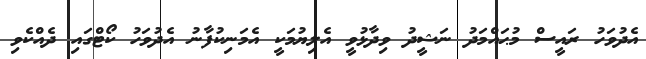
އެދުވަހު ރައީސް މުޙައްމަދު ނަޝީދު ވިދާޅުވީ އެލިޔުމަކީ އެމަނިކުފާނު އެދުވަހު ކޯޓްގައި ދެއްކެވި